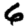
Digit: 6